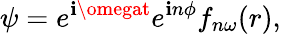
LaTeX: \psi=e^{\mathbf{i}\omegat}e^{\mathbf{i}n\phi}f_{n\omega}(r),